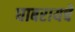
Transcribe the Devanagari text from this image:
घाबरायचे